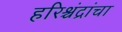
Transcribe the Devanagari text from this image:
हरिश्चंद्रांचा